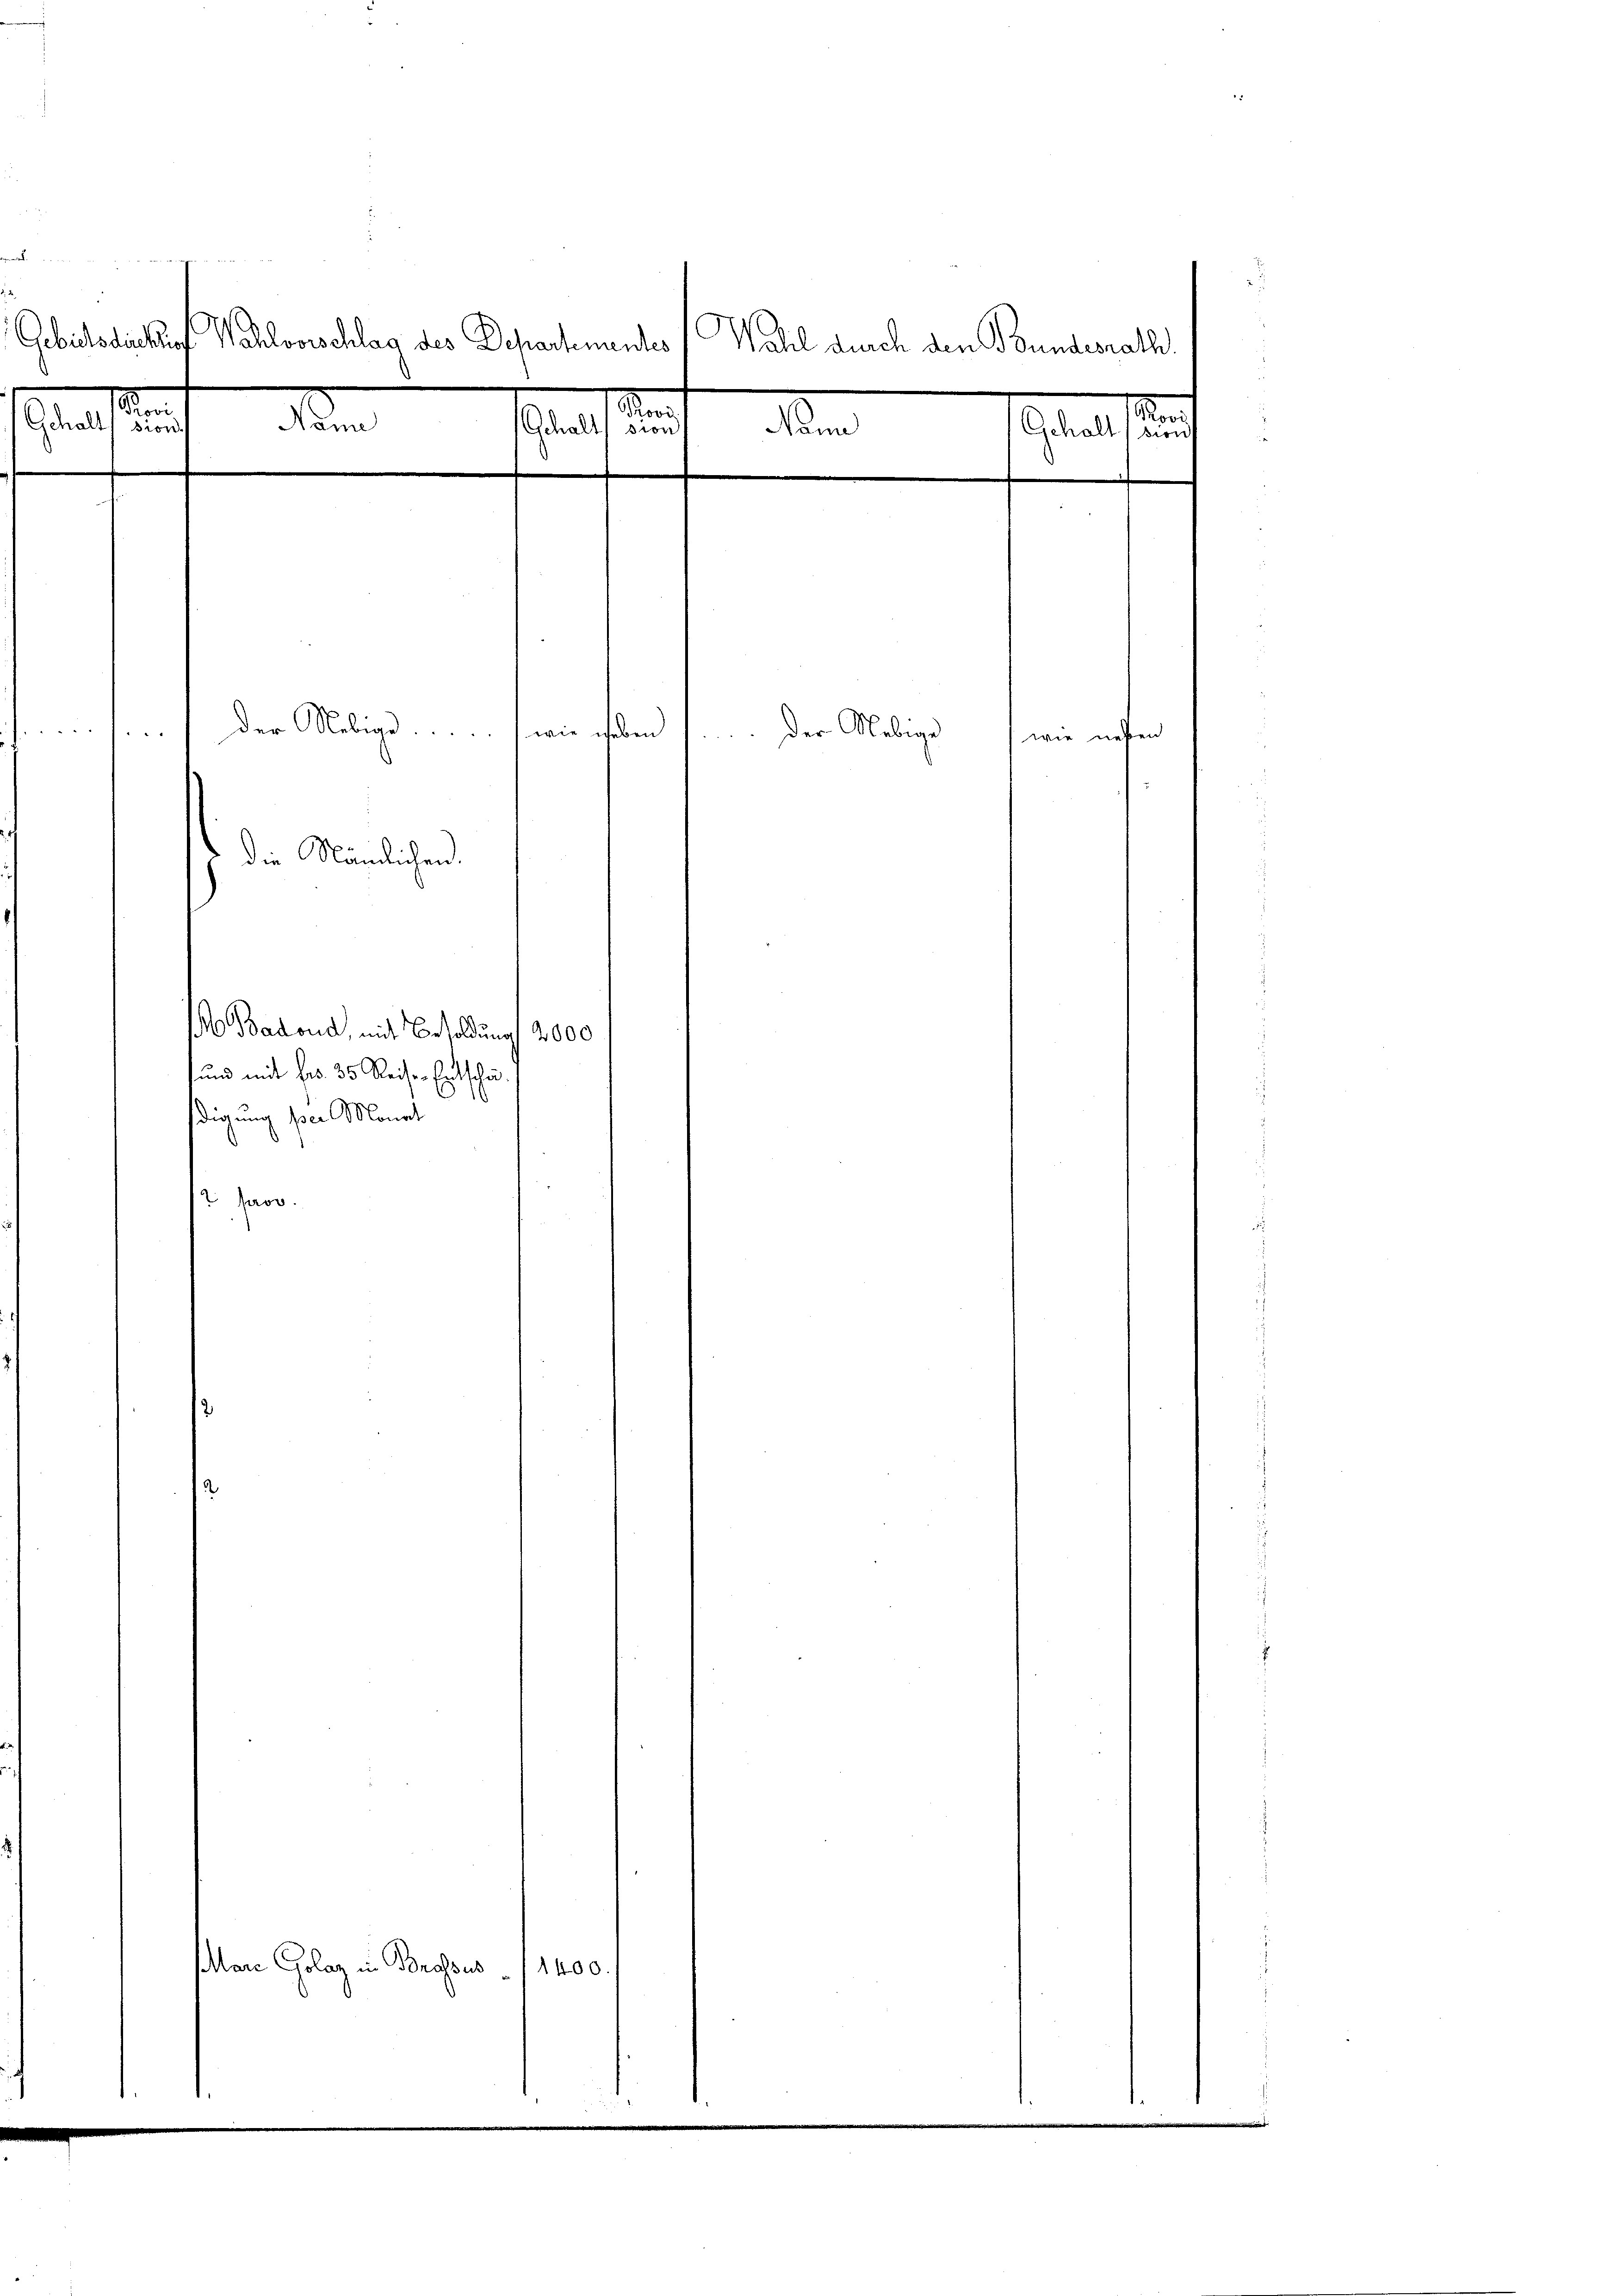
Gebietsdirektio
Wahlvorschlag des Departementes
Wahl durch den Bundesrath
de
den
2
Gehalt
K
ßion.
Nann
Gehalt sic
Gehalte

der Nebige wie haben
der Nebige
2
¬
wie ne
die Nämlichen.
1 Badond, mit Besoldung 2000
und mit Fr. 35 Reiser Entschä¬

¬
digung per Monat
2. Jaco
Man Gelag in Brosius 1400

fen